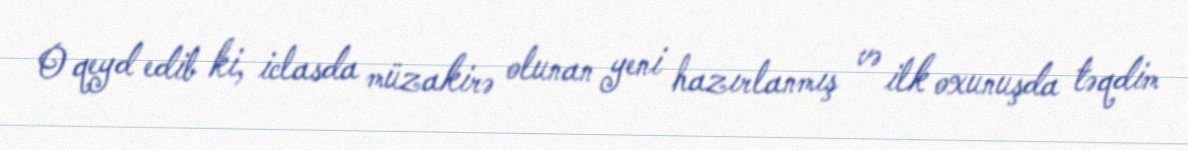
O qeyd edib ki, iclasda müzakirə olunan yeni hazırlanmış və ilk oxunuşda təqdim